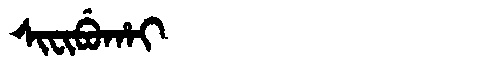
Manchu: ᠰᡳᠸᡳᠪᡠᡥᠠᡳ
Romanization: SIFIBUHAI